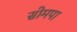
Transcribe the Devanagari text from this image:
सोमपा